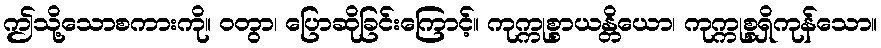
ဤသို့သောစကားကို။ ဝတွာ၊ ပြောဆိုခြင်းကြောင့်။ ကုက္ကုစ္စာယန္တိယော၊ ကုက္ကုစ္စရှိကုန်သော။